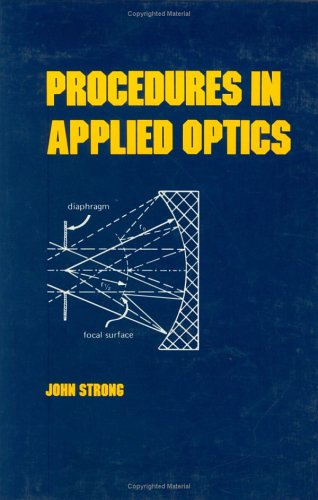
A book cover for Procedures in Applied Optics (Optical Science and Engineering); J. Strong; Science & Math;